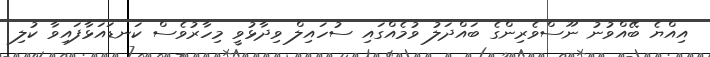
އިއްޔެ ބޭއްވުނު ނޫސްވެރިންގެ ބައްދަލު ވުމެއްގައި ސުހައިލް ވިދާޅުވީ މިހާރުވެސް ކަނޑައަޅާފައިވާ ކުލި